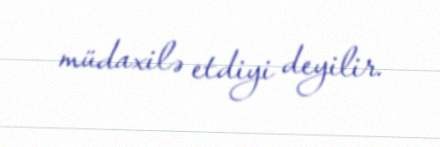
müdaxilə etdiyi deyilir.